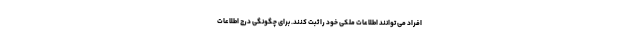
افراد می توانند اطلاعات ملکی خود را ثبت کنند. برای چگونگی درج اطلاعات